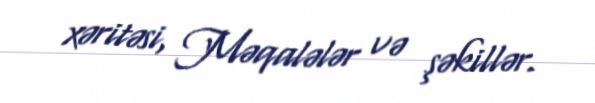
xəritəsi, Məqalələr və şəkillər.